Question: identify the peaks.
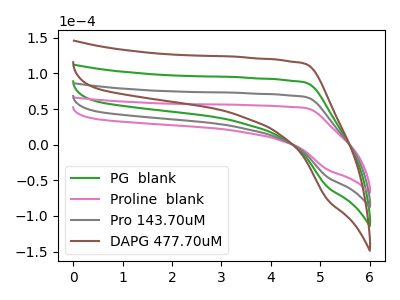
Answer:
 <answer>The green curve "PG  blank" has no peaks. The pink curve "Proline  blank" has no peaks. The gray curve "Pro 143.70uM" has no peaks. The brown curve "DAPG 477.70uM" has no peaks.</answer>
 <eval></eval>